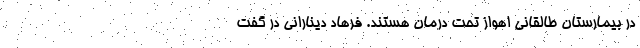
در بیمارستان طالقانی اهواز تحت درمان هستند. فرهاد دینارانی در گفت